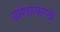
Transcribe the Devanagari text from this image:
खोडासारखे